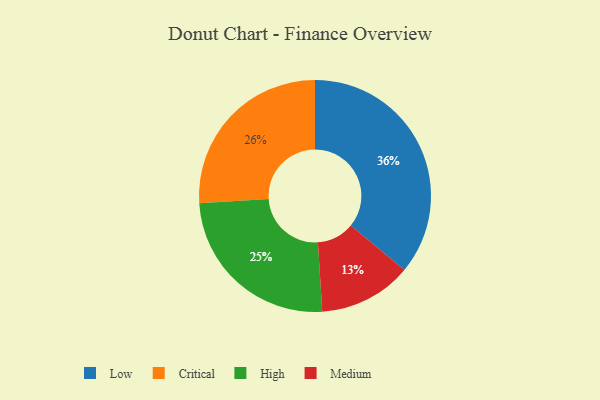
{"axis": {"x": "Category", "y": "Percentage"}, "legend": ["Critical", "High", "Low", "Medium"], "data": [{"x": "Critical", "y": 26, "type": "Critical"}, {"x": "High", "y": 25, "type": "High"}, {"x": "Medium", "y": 13, "type": "Medium"}, {"x": "Low", "y": 36, "type": "Low"}]}